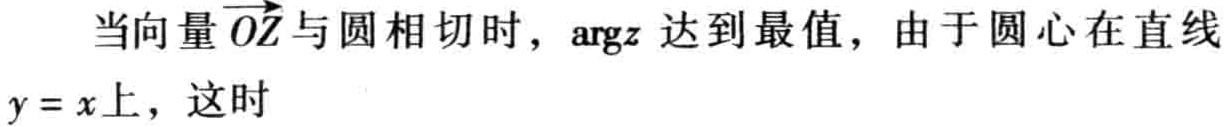
当向量$\overrightarrow{OZ}$与圆相切时，$\mathrm{arg}z$ 达到最值，由于圆心在直线
$y = x$上，这时